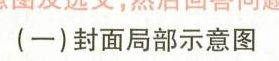
（一）封面局部示意图